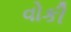
વોકી